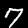
Digit: 7